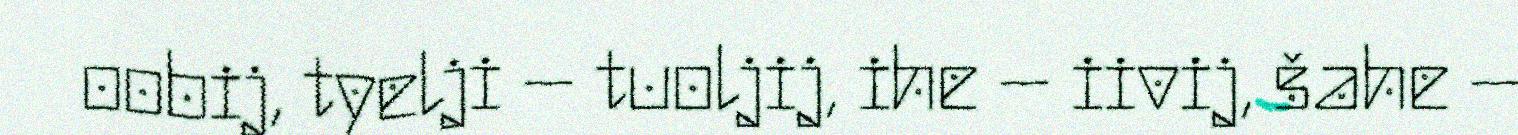
oobij, tyelji – tuoljij, ihe – iivij, šahe –